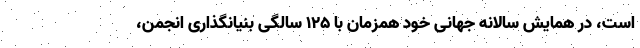
است، در همایش سالانه جهانی خود همزمان با ۱۲۵ سالگی بنیانگذاری انجمن،